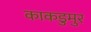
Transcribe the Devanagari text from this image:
काकडुमुर